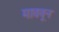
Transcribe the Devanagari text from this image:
माववून